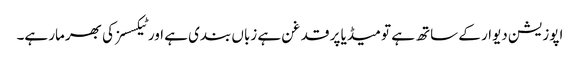
اپوزیشن دیوار کے ساتھ ہے تو میڈیا پر قدغن ہے زباں بندی ہے اور ٹیکسسز کی بھرمار ہے۔